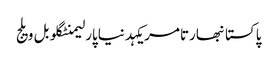
پاکستانبھارتامریکہدنیاپارلیمنٹگلوبل ویلج